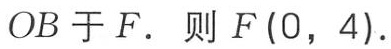
$OB于F.\ 则F(0,4).$